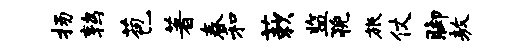
扬鹑苞著春和蔌监猊旅仗脚敖